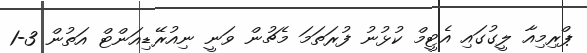
ޕްރިމިއާ ލީގުގައި އެޓީމް ކުޅުނު ފުރަތަމަ މެޗުން ވަނީ ނިއުރޭޑިއަންޓް އަތުން 3-1